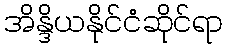
အိန္ဒိယနိုင်ငံဆိုင်ရာ